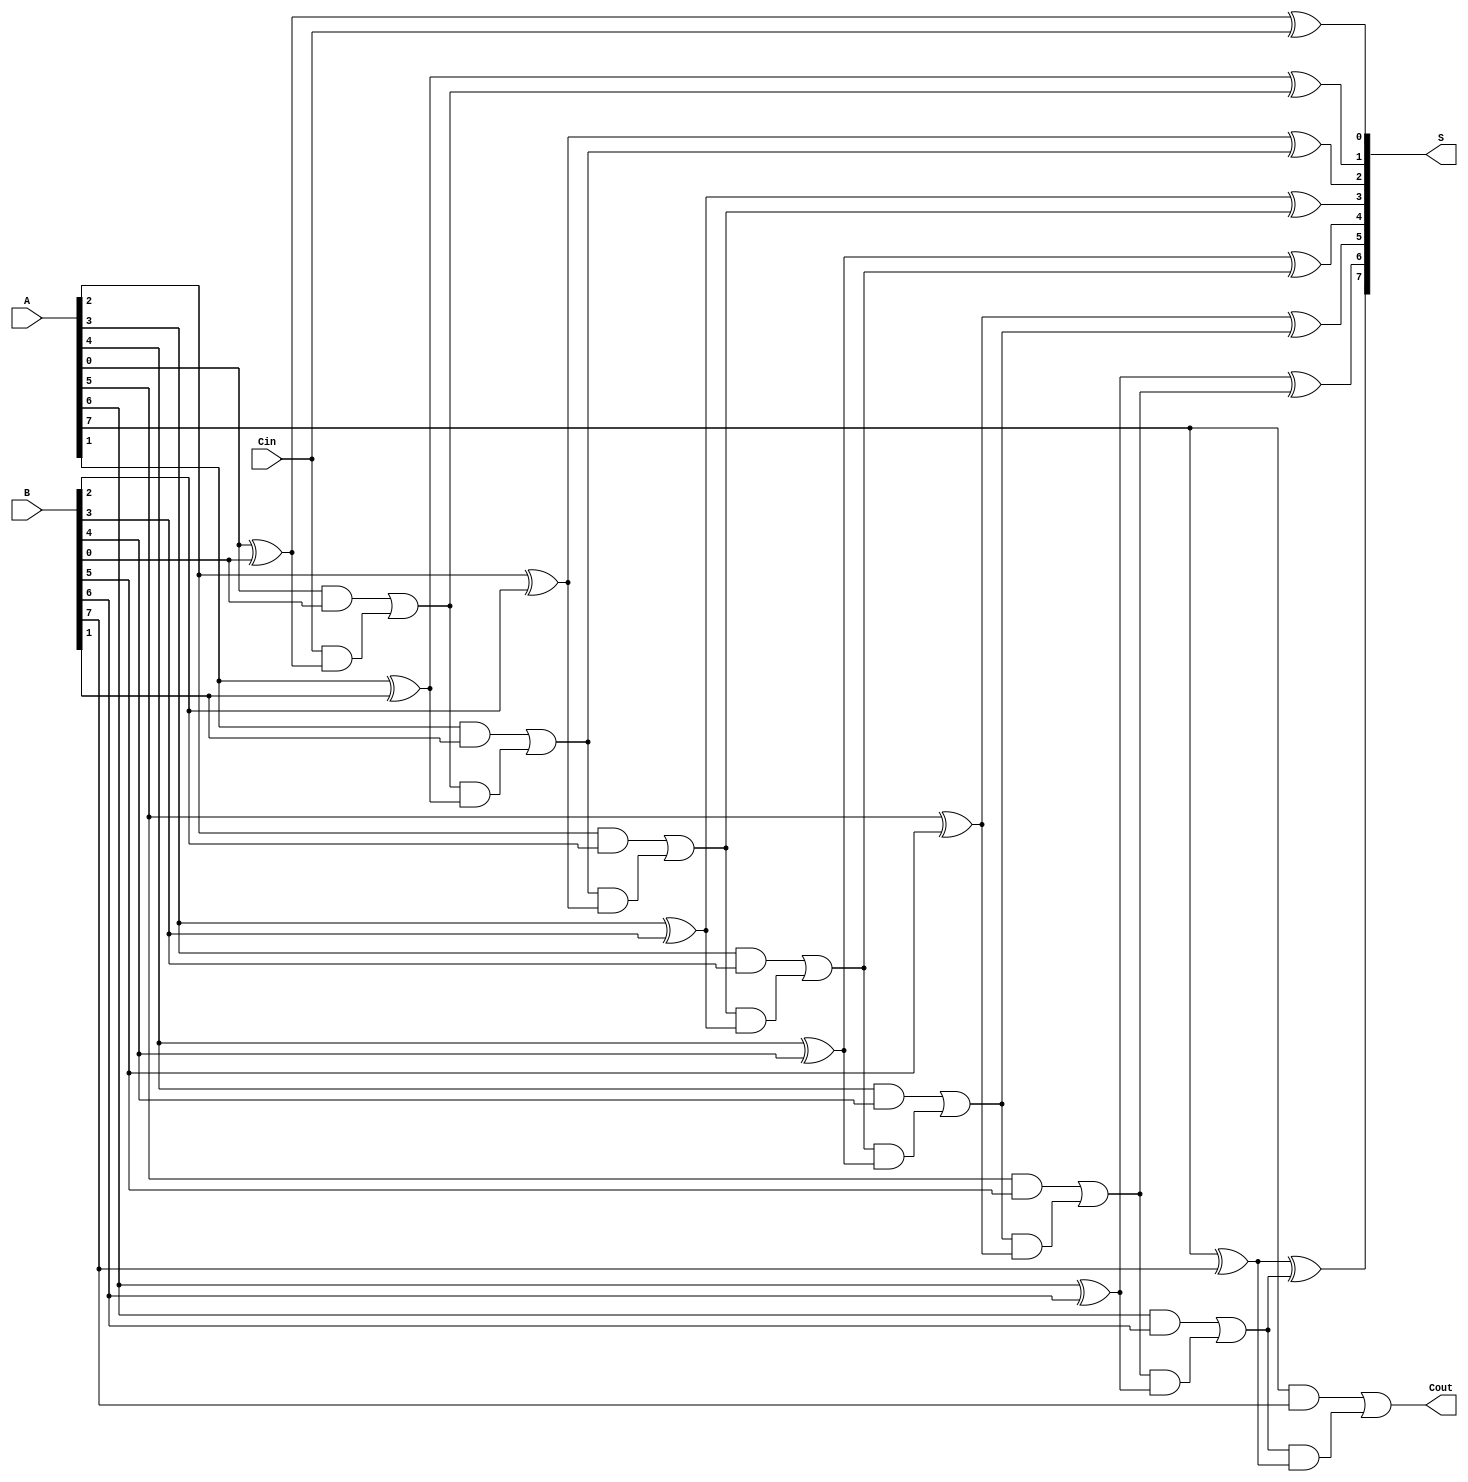
module HanCarlsonAdder #(parameter N = 8) (
    input  wire [N-1:0] A,     // First n-bit input
    input  wire [N-1:0] B,     // Second n-bit input
    input  wire Cin,            // Carry-in
    output wire [N-1:0] S,      // n-bit sum output
    output wire Cout            // Carry-out
);

    wire [N:0] C;              // Carry bits, C[0] is the carry-in, C[N] is the carry-out
    assign C[0] = Cin;         // Initialize first carry with Cin

    // Generate carry bits and sum bits
    genvar i;
    generate
        for (i = 0; i < N; i = i + 1) begin : adder
            // Sum calculation
            assign S[i] = A[i] ^ B[i] ^ C[i];  // S[i] = A[i] XOR B[i] XOR C[i]

            // Carry generation
            assign C[i + 1] = (A[i] & B[i]) | (C[i] & (A[i] ^ B[i])); // C[i+1] = (A[i] AND B[i]) OR (C[i] AND (A[i] XOR B[i]))
        end
    endgenerate

    // Final carry-out
    assign Cout = C[N]; // Cout is the last carry bit

endmodule